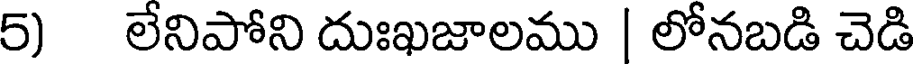
5) లేనిపోని దుఃఖజాలము | లోనబడి చెడి